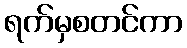
ရက်မှစတင်ကာ